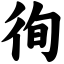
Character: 徇